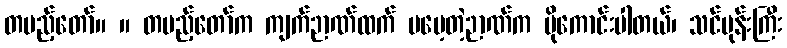
တပည့်တော်။ ။ တပည့်တော်က ကျက်ဉာဏ်ထက် မမေ့တဲ့ဉာဏ်က ပိုကောင်းပါတယ်၊ သင်ပုန်းကြီး